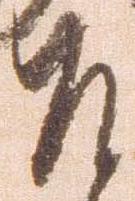
召